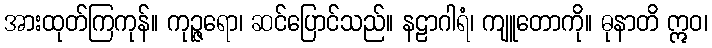
အားထုတ်ကြကုန်။ ကုဉ္ဇရော၊ ဆင်ပြောင်သည်။ နဠာဂါရံ၊ ကျူတောကို။ ဓုနာတိ ဣဝ၊